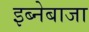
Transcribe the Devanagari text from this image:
इब्नेबाजा